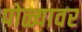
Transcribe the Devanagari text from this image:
पोळ्यावर